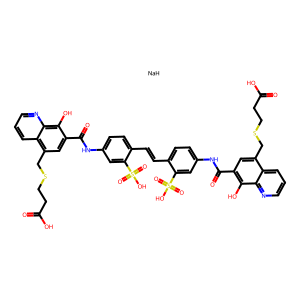
SMILES: O=C(O)CCSCc1cc(C(=O)Nc2ccc(C=Cc3ccc(NC(=O)c4cc(CSCCC(=O)O)c5cccnc5c4O)cc3S(=O)(=O)O)c(S(=O)(=O)O)c2)c(O)c2ncccc12.[NaH]
Inhibits HIV replication: Yes